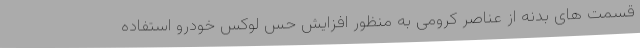
قسمت های بدنه از عناصر کرومی به منظور افزایش حس لوکس خودرو استفاده